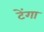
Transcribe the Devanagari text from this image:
टेंगा